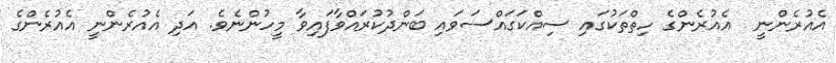
އެއުރެންނީ  އެއުރެންގެ ހިތްތަކުގައި ސިއްކަގައްސަވައި ބަންދުކުރައްވާފައިވާ މީހުންނެވެ. އަދި އެއުރެންނީ އެއުރެންގެ